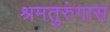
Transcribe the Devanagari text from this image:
श्रमतुरुंगास